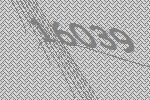
16039